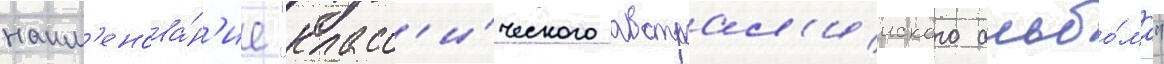
наим'енова́н'ие "класс'и́ческого австрал'ииского альбо́ма"